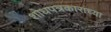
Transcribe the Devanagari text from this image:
शोधपत्रकारांच्या